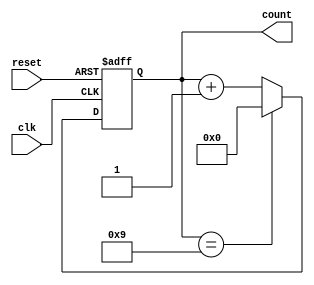
module bcd_counter (
    input wire clk,          // Clock signal
    input wire reset,        // Asynchronous reset signal
    output reg [3:0] count   // 4-bit output representing the BCD count
);

// Always block triggered on the rising edge of the clock or the reset signal
always @(posedge clk or posedge reset) begin
    if (reset) begin
        // Asynchronous reset: set count to 0
        count <= 4'b0000;
    end else begin
        // Increment the counter
        if (count == 4'b1001) begin
            // If count is 9 (1001), reset to 0
            count <= 4'b0000;
        end else begin
            // Otherwise, increment the count
            count <= count + 1;
        end
    end
end

endmodule